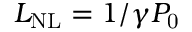
L _ { \mathrm { N L } } = 1 / \gamma P _ { \mathrm { 0 } }